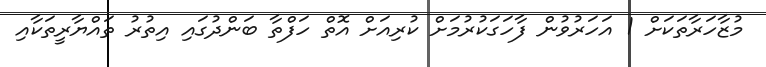
މުޒާހަރާތަކަށް 1 އަހަރުވުން ފާހަގަކުރުމަށް ކުރިއަށް އޮތް ހަފްތާ ބަންދުގައި އިތުރު ތައްޔާރީތަކާއި